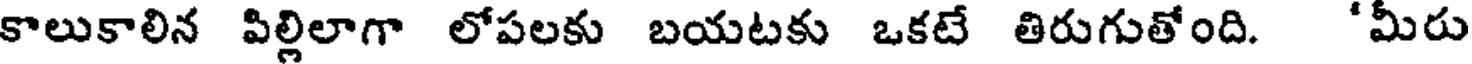
కాలుకాలిన పిల్లిలాగా లోపలకు బయటకు ఒకటే తిరుగుతోంది. 'మీరు